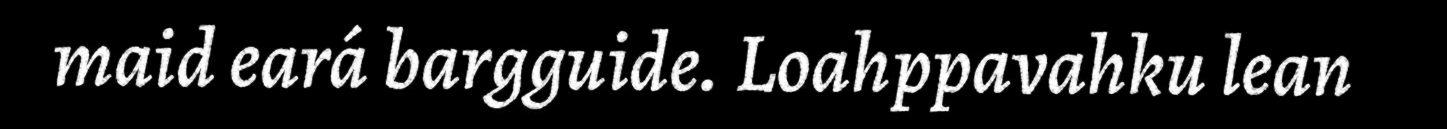
maid eará bargguide. Loahppavahku lean